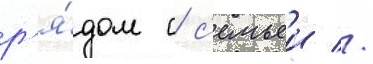
р'я́дом с с'емьеи //